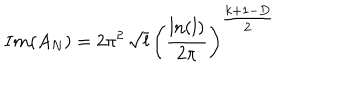
I m ( A _ { N } ) = 2 \pi ^ { 2 } \, \sqrt { l } \, \left( \frac { \ln ( l ) } { 2 \pi } \right) ^ { { \textstyle \frac { k + 1 - D } { 2 } } }